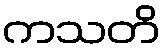
ကသတိ